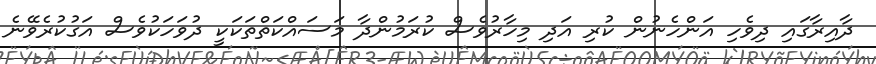
ދާއިރާގައި ދިވެހި އަންހެނުން ކުރި އަދި މިހާރުވެސް ކުރަމުންދާ މަސައްކަތްތަކަކީ ދުވަހަކުވެސް އަގުކުރެވޭނެ